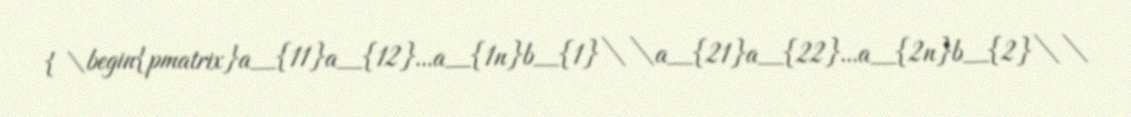
{\begin{pmatrix}a_{11}a_{12}...a_{1n}b_{1}\\a_{21}a_{22}...a_{2n}b_{2}\\